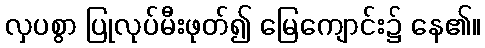
လှပစွာ ပြုလုပ်မီးဖုတ်၍ မြေကျောင်း၌ နေ၏။